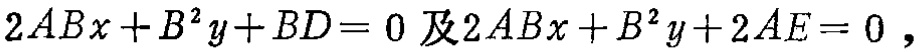
\(2ABx + B^{2}y+BD = 0 及2ABx + B^{2}y + 2AE = 0\)